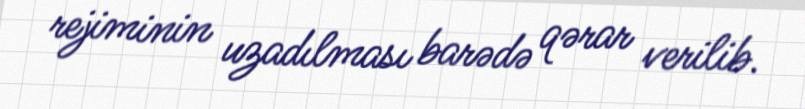
rejiminin uzadılması barədə qərar verilib.